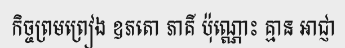
កិច្ចព្រមព្រៀង ឧភតោ ភាគី ប៉ុណ្ណោះ គ្មាន អាជ្ញា